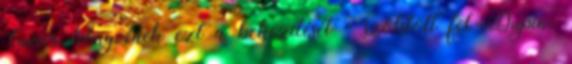
Cuvier könyvének ezt a bekezdését - szólított fel Dupin.